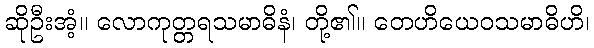
ဆိုဦးအံ့။ လောကုတ္တရသမာဓိနံ၊ တို့၏။ တေဟိယေဝသမာဓိဟိ၊